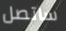
ساتصل